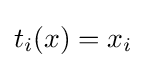
t_{i}(x)=x_{i}